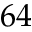
6 4